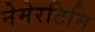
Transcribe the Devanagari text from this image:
नेमेरटिमि